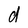
Character: d